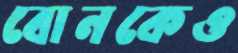
বোনকেও